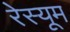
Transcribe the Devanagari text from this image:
रेस्यूम